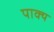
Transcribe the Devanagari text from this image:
पाक्य